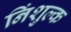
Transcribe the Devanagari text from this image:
निंशुल्क